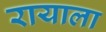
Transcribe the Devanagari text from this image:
रायाला